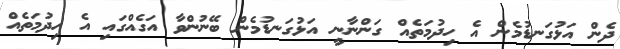
ދެން އަޅުގަނޑުމެން އެ ހިދުމަތެއް ގަންނާނީ އަޅުގަނޑުމެން ބޭނުންވާ އަގެއްގައި އެ ހިދުމަތެއް